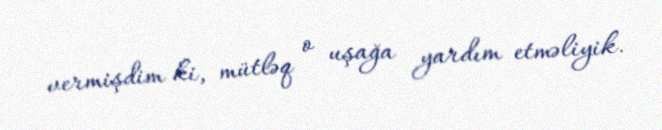
vermişdim ki, mütləq o uşağa yardım etməliyik.